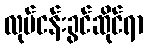
လုပ်ငန်းခွင်ဆိုင်ရာ